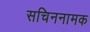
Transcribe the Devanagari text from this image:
सचिननामक